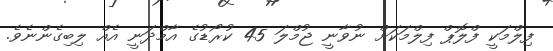
ފިލްމަކީ ފްލޮޕް ފިލްމަކަށް ނުވާނީ ޖުމްލަ 45 ކުރޯޑުގެ އާމްދަނީ އެއް ލިބިގެންނެވެ.